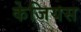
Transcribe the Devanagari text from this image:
केजियस